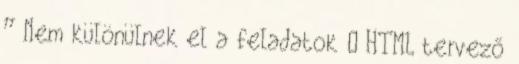
” Nem különülnek el a feladatok  HTML tervező